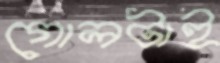
গোলটাই